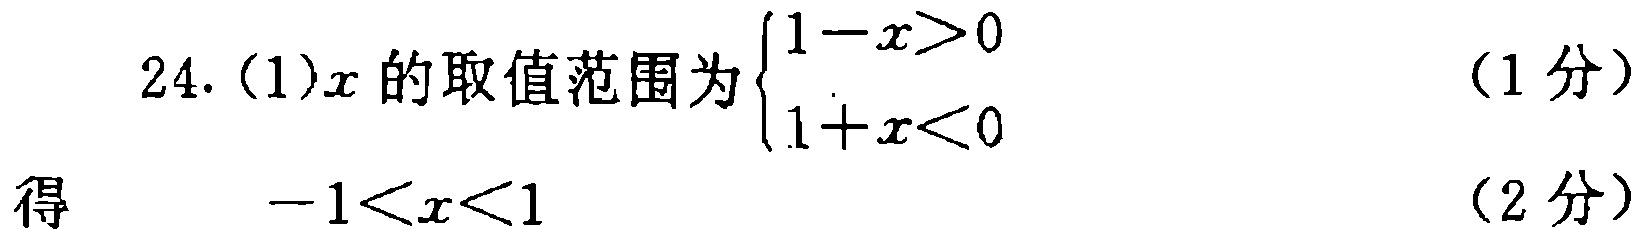
24. (1)\(x\)的取值范围为\(\begin{cases}1 - x>0 \\ 1 + x<0\end{cases}\) （1分）

得 \(-1<x<1\) （2分）